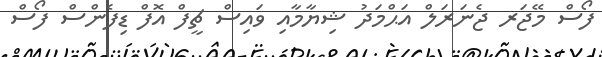
ފޯސް މޭޖަރ ޖެނަރަލް އަޙްމަދު ޝިޔާމާއި ވައިސް ޗީފް އޮފް ޑިފެންސް ފޯސް